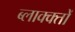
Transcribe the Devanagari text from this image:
ब्लाक्क्तों